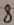
Text: 8